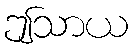
ဤသာယ